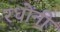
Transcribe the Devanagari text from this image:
रधोंनी